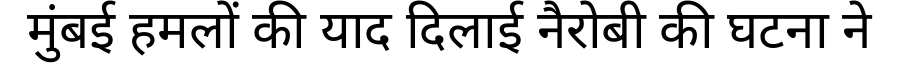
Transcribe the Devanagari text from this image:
मुंबई हमलों की याद दिलाई नैरोबी की घटना ने